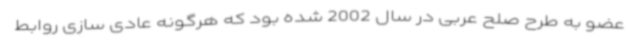
عضو به طرح صلح عربی در سال 2002 شده بود که هرگونه عادی سازی روابط